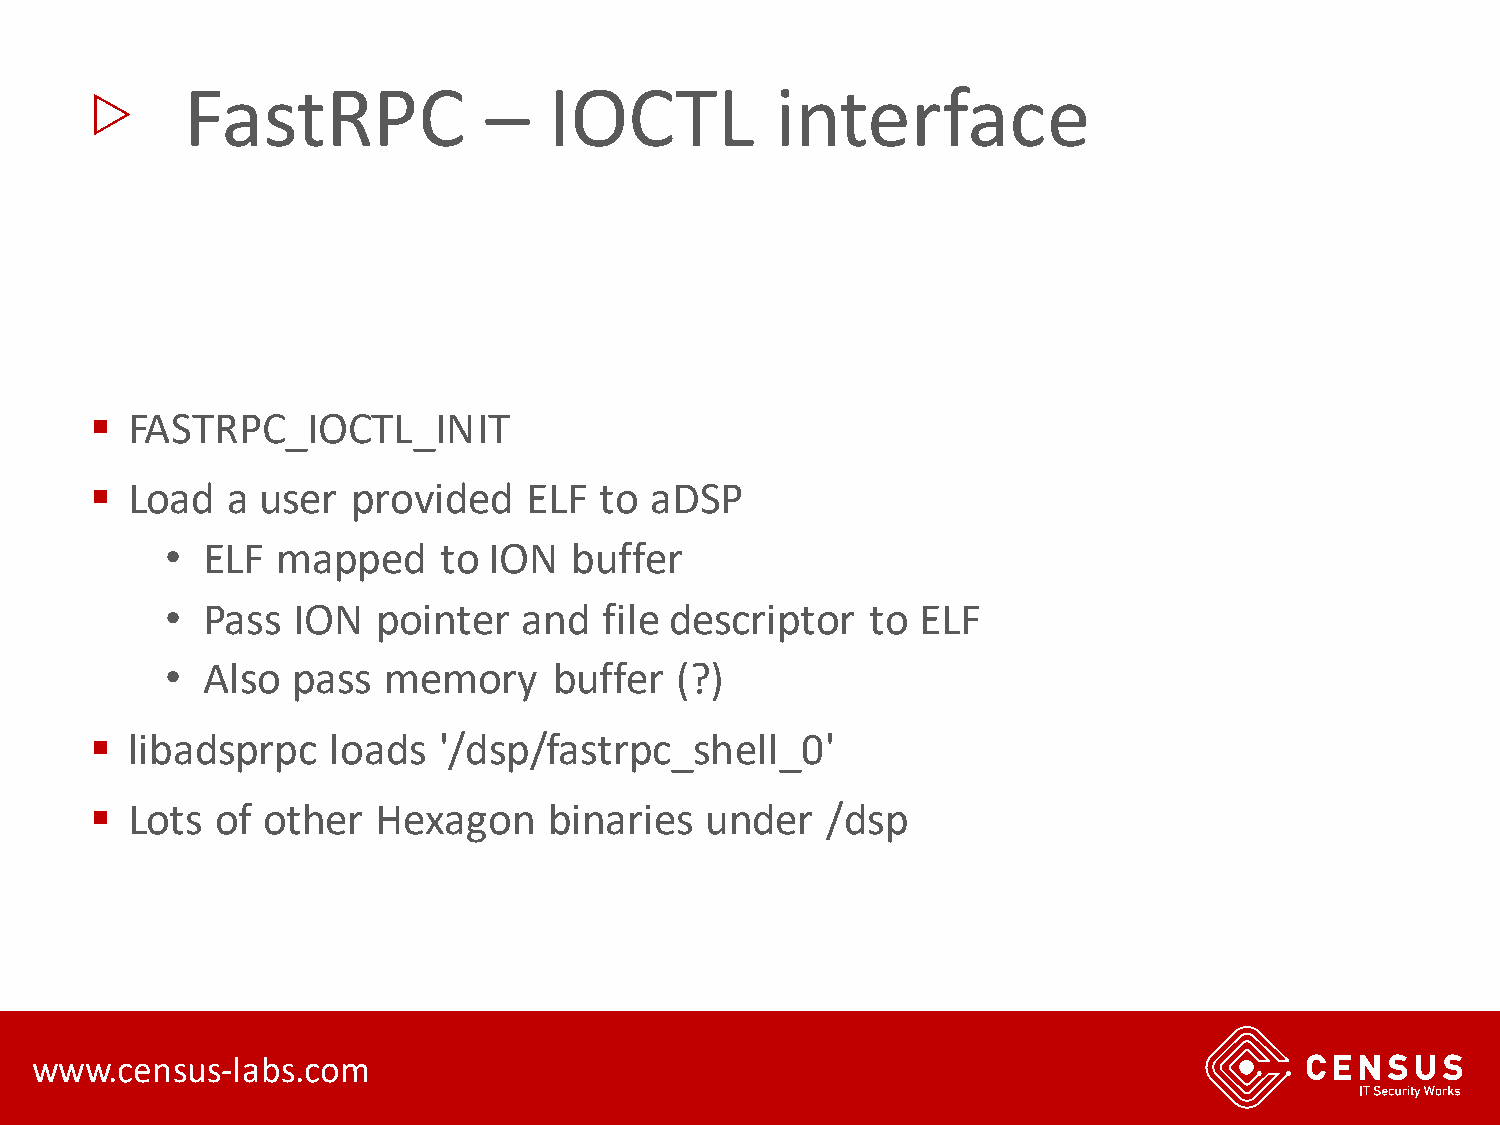
▷
 FastRPC             –   IOCTL          interface
 ▪ FASTRPC_IOCTL_INIT
 ▪ Load   a user  provided    ELF  to aDSP
 • ELF  mapped     to ION   buffer
 • Pass  ION   pointer   and  file descriptor   to ELF
 • Also  pass  memory      buffer  (?)
 ▪ libadsprpc    loads  '/dsp/fastrpc_shell_0'
 ▪ Lots  of other   Hexagon    binaries   under   /dsp
 www.census-labs.com